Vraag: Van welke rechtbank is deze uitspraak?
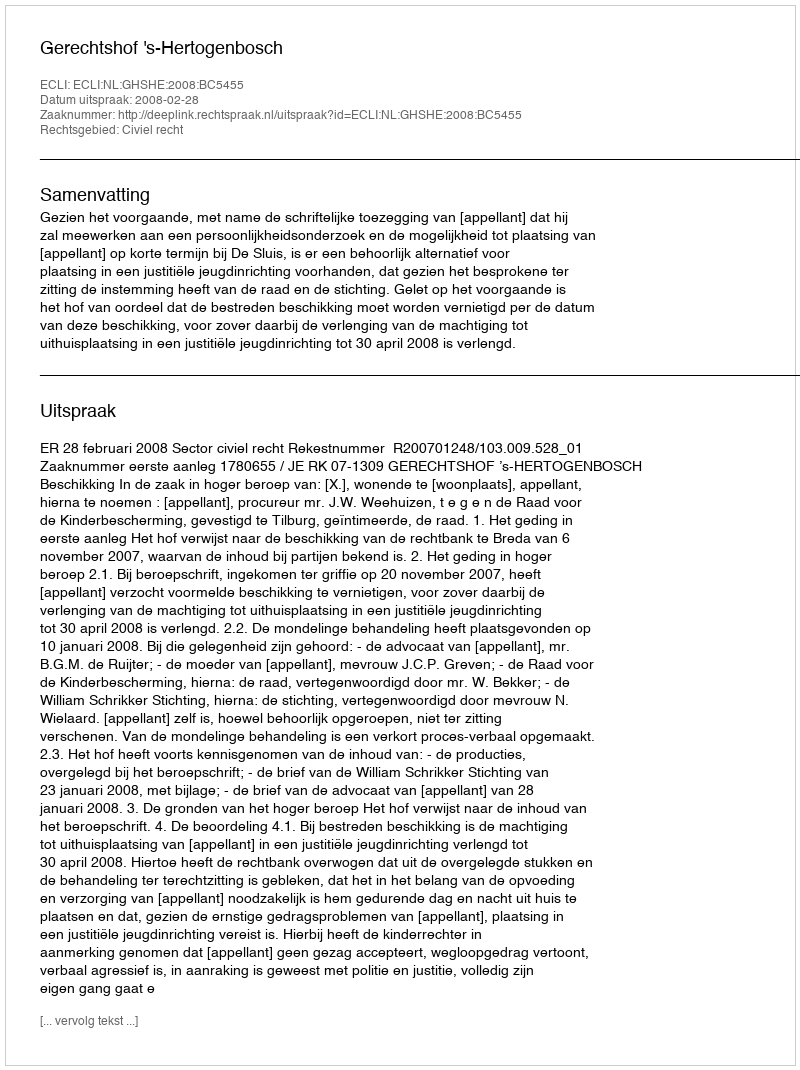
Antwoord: Gerechtshof 's-Hertogenbosch